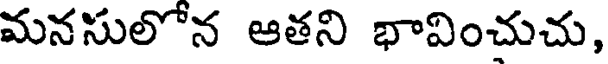
మనసులోన ఆతని భావించుచు,